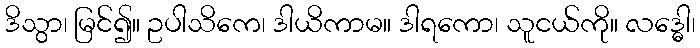
ဒိသွာ၊ မြင်၍။ ဥပါသိကေ၊ ဒါယိကာမ။ ဒါရကော၊ သူငယ်ကို။ လဒ္ဓေါ၊